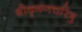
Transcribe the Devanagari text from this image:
श्रीकृष्णचरित्रु